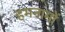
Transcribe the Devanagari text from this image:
हमनामों